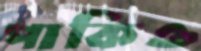
পাকিও